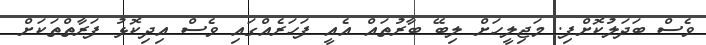
ވެސް ބަދަލުކޮށްފި. މަޖިލީހަށް ލިބޭ ބާރުތައް އެއީ ފަހަރެއްގައި ވެސް އިދިކޮޅު ފަރާތްތަކަށް